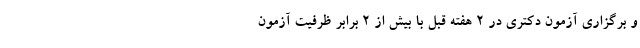
و برگزاری آزمون دکتری در ۲ هفته قبل با بیش از ۲ برابر ظرفیت آزمون